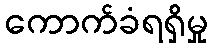
ကောက်ခံရရှိမှု